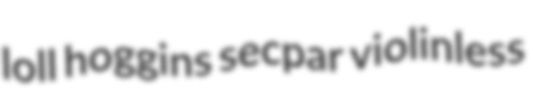
loll hoggins secpar violinless